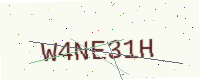
Text: W4NE31H